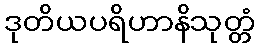
ဒုတိယပရိဟာနိသုတ္တံ